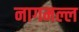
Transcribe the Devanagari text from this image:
नागमल्ल